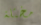
مختلة